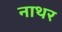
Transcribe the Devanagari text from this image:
नाथर